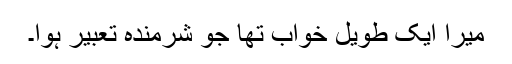
میرا ایک طویل خواب تھا جو شرمندہ تعبیر ہوا۔